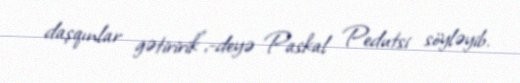
daşqınlar gətiririk”,-deyə Paskal Pedutsi söyləyib.